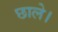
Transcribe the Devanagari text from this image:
छाले।